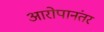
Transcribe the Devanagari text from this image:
आरोपानंतर